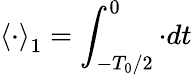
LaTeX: \left\langle\cdot\right\rangle_{1}=\int_{-T_{0}/2}^{0}\cdot dt